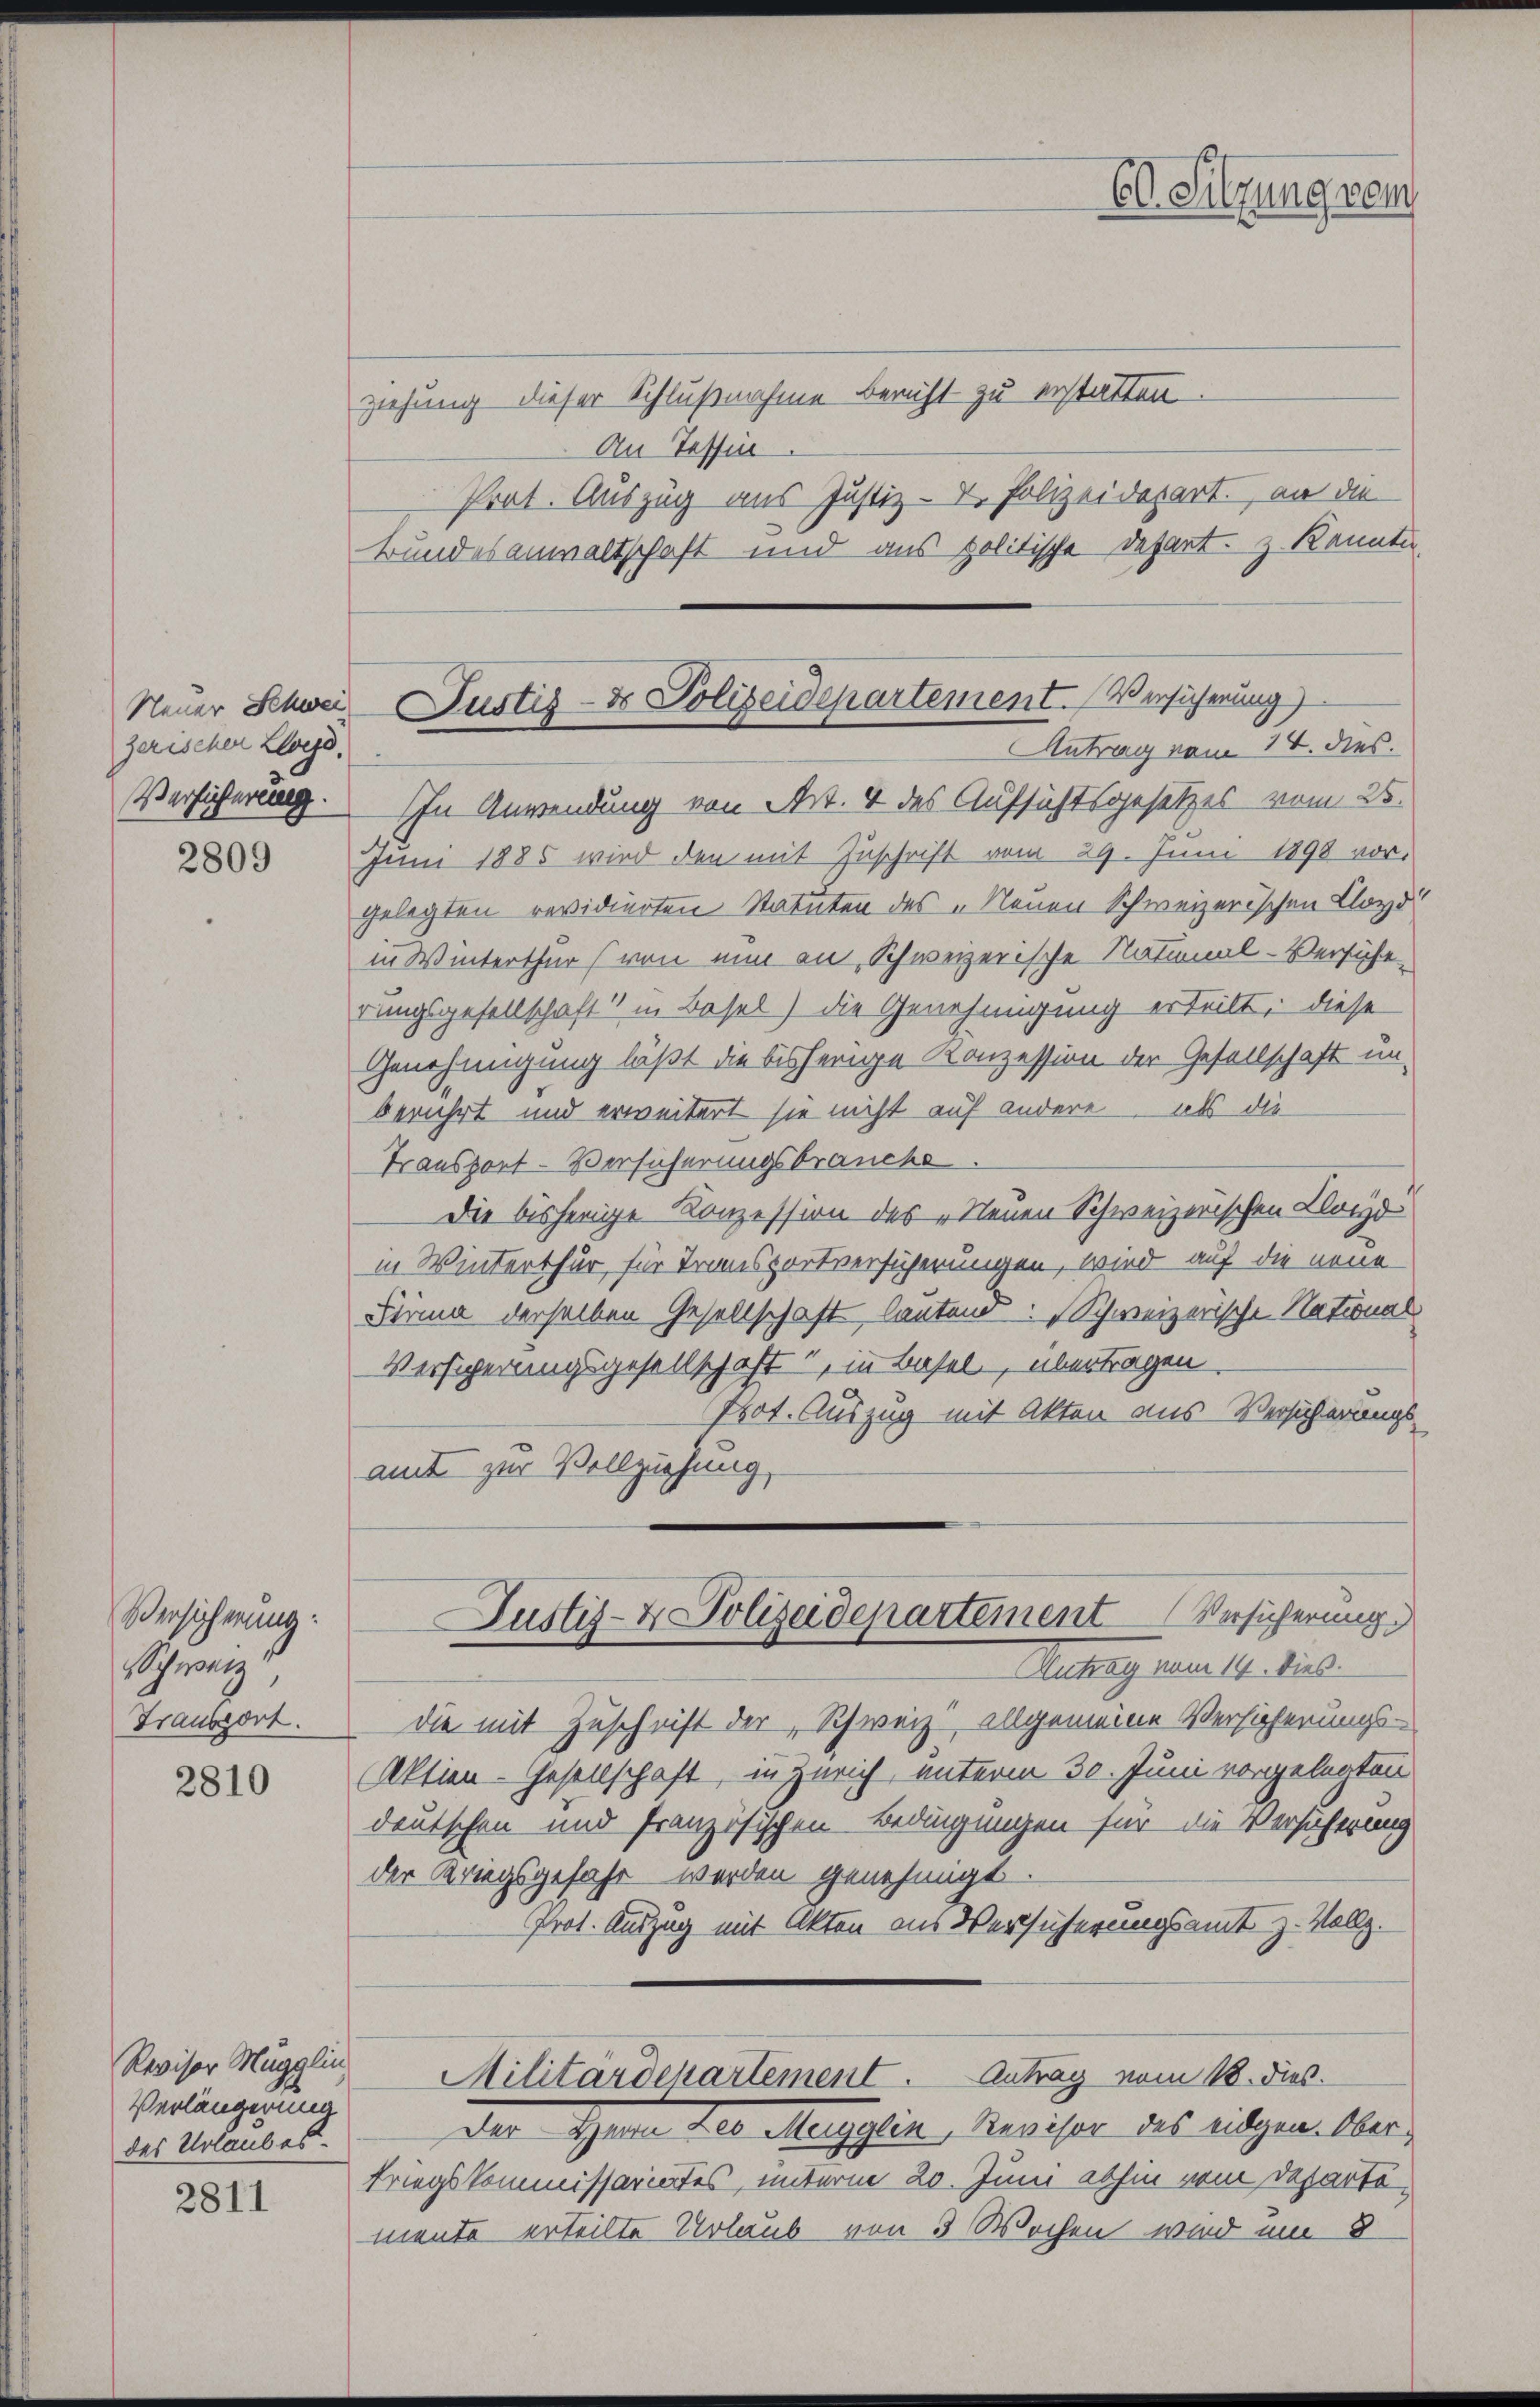
zerischen Lloyd
Versicherung.

2809

Versicherung:
Schweiz.
Transport.

2810

2811

Revisor Mugglin
Verlängerung
des Urlaubes

ziehung dieser Schlußnahme bericht zu erstatten.
An Tessin
Prat. Auszug aus Justiz- V. Polizeidepart., an die
Bundesanwaltschaft und aus politische Depart. Z. kannte
In Anwendung von Art. 4 des Aufsichtsgesetzes vom 25.
Juni 1885 wird den mit Zuschrift vom 29. Juni 1898 vor-
gelegten revidierten Statuten des „Neuen Schweizerischen Lloyd
in Winterthur (von nun an Schweizerische National-Versiche
rungsgesellschaft in Basel) die Genehmigung erteilt, diese
Genehmigung läßt die bisherige Konzession der Gesellschaft un-
berührt und erweitert sie nicht auf andere als die
Transport-Versicherungsbrauche
Die bisherige Konzession des „Neuen Schweizerischen Kloyd
in Winterthur, für Transportversicherungen, wird auf die neue
Dirma derselben Gesellschaft lauten Schweizerische National
Versicherungsgesellschaft“, in Basel, übertragen
Prot. Auszug mit Akten aus Versicherungs-
amt zur Vollziehung,
Justiz- & Polizeidepartement Versicherung
Mueteg u. 14. dies
die mit Zuschrift der, Schweiz, allgemeine Versicherungs-
Aktien-Gesellschaft, in Zürich, unterm 30. Juni vorgelegten
deutschen und französischen Bedingungen für die Versicherung
der Kriegsgefahr werden genehmigt.
Prot. Auszug mit Akten aus Versucherungsamt z. Vollz.
Militärdepartement. Antrag vom 18. dies
der Scheune des Magister Reviser des einsgemelder,
kriegskommissariates, unterm 20. Juni abhin vom Departemente erteilte Urlaub von 3 Wochen wird um 8

Neuer Schweiz Justiz- & Polizeidepartement. Versicherung)
Antrag vom 14. dies

Ed. Sitzung vom